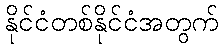
နိုင်ငံတစ်နိုင်ငံအတွက်